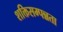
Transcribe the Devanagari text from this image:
शक्तिसम्पन्नता